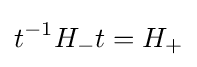
t^{-1}H_{-}t=H_{+}